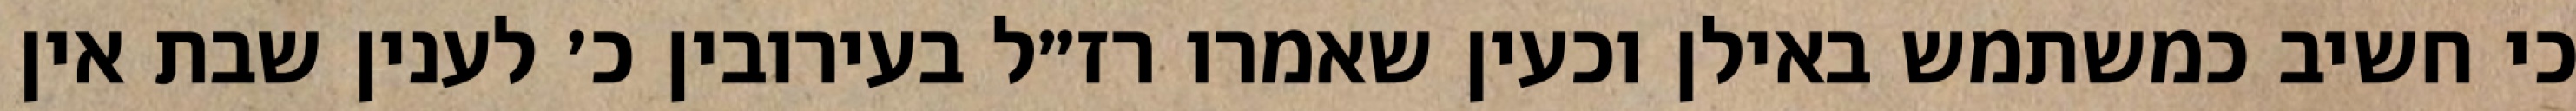
כי חשיב כמשתמש באילן וכעין שאמרו רז״ל בעירובין כ׳ לענין שבת אין